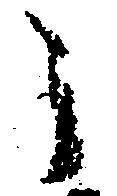
う